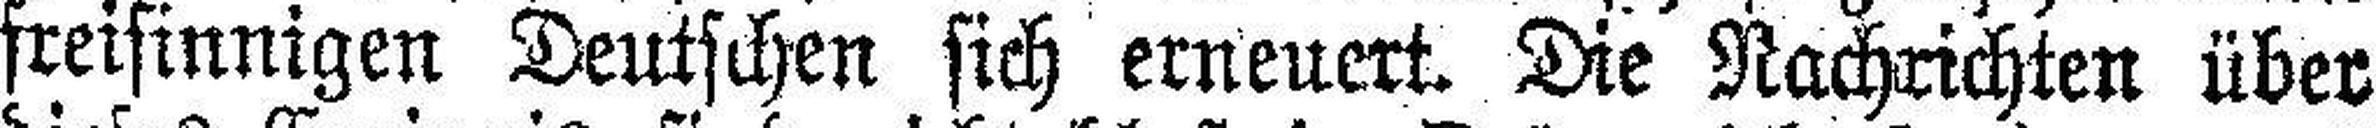
freisinnigen Deutschen sich erneuert. Die Nachrichten über